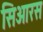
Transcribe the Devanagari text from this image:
सिओरस